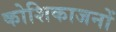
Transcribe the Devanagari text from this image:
कोशिकाजनों